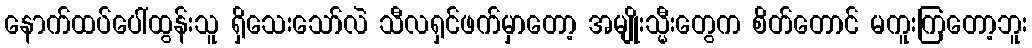
နောက်ထပ်ပေါ်ထွန်းသူ ရှိသေးသော်လဲ သီလရှင်ဖက်မှာတော့ အမျိုးသ္မီးတွေက စိတ်တောင် မကူးကြတော့ဘူး